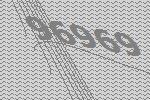
96969